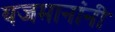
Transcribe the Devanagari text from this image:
यजमानांनी